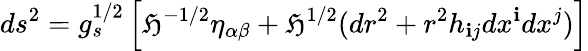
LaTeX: ds^{2}=g_{s}^{1/2}\left[\mathfrak{H}^{-1/2}\eta_{\alpha\beta}+\mathfrak{H}^{1/2}(dr^{2}+r^{2}h_{\mathbf{i}j}dx^{\mathbf{i}}dx^{j})\right]